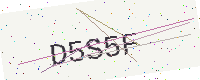
Text: D5S5F